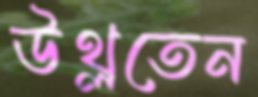
উথ্‌লতেন